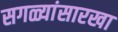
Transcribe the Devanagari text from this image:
सगळ्यांसारखा